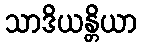
သာဒိယန္တိယာ